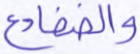
والضفادع